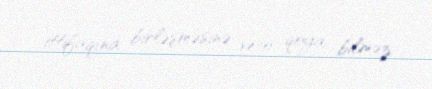
ittifaqına birləşməsinə veto qoya bilməz.